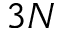
3 N